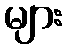
များ